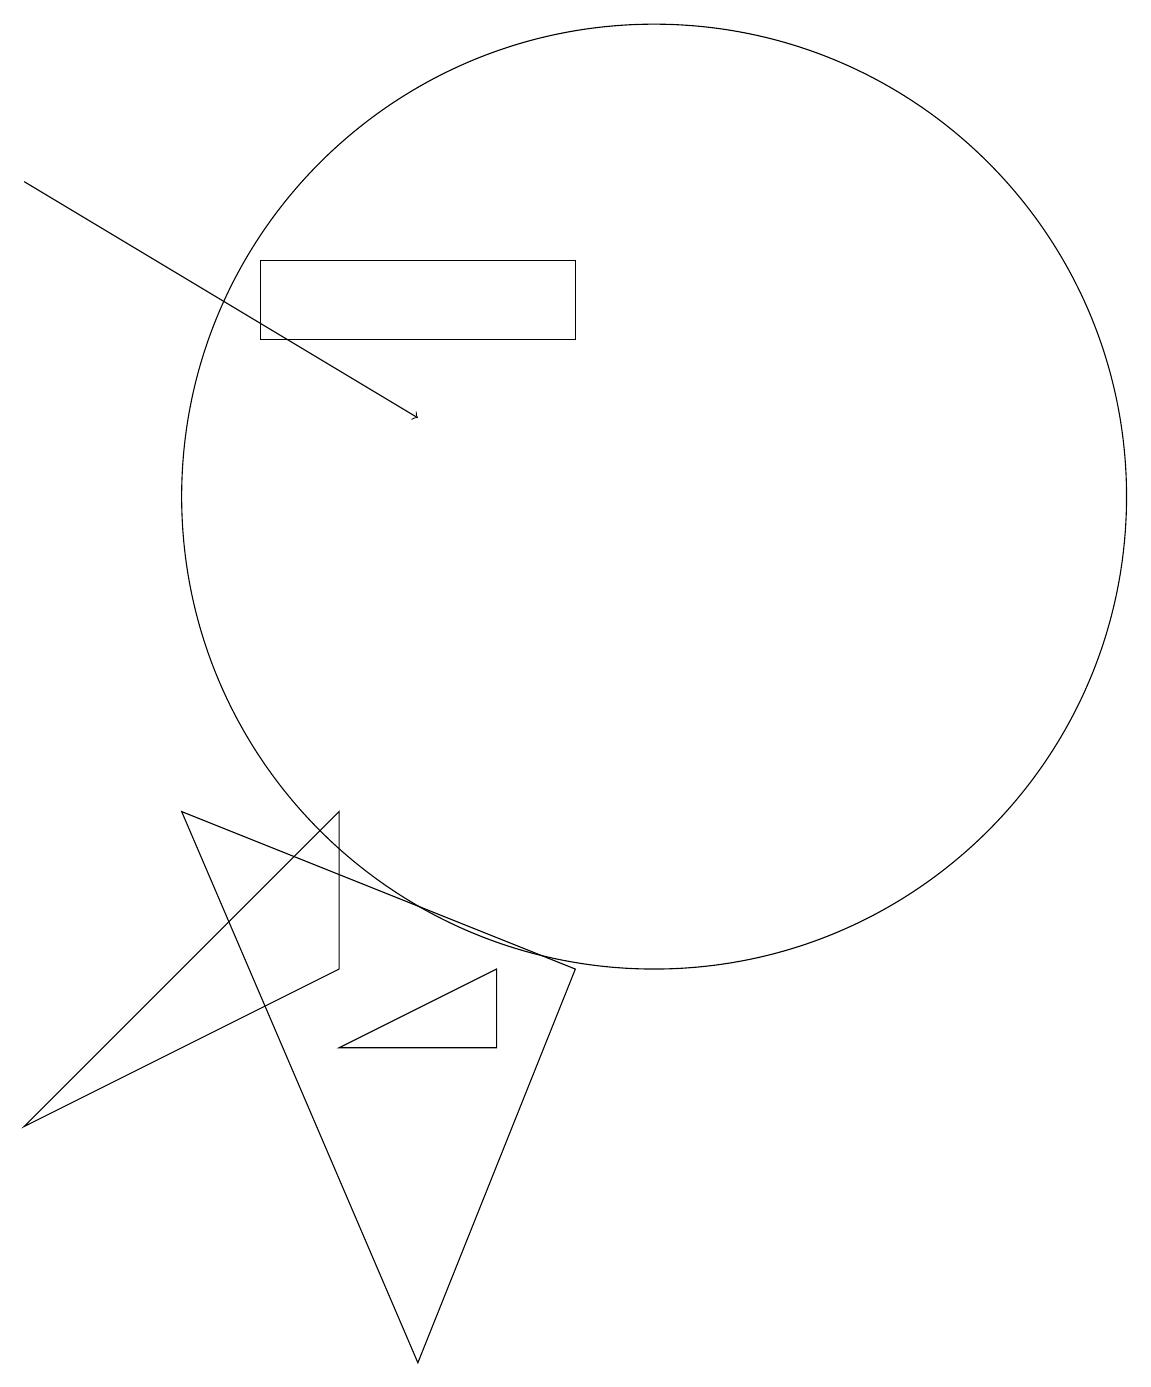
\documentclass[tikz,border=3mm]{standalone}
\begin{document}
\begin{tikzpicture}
\draw (6,4) -- (8,5) -- (8,4) -- cycle;
\draw (2,3) -- (6,7) -- (6,5) -- cycle;
\draw (5,13) rectangle (9,14);
\draw (4,7) -- (9,5) -- (7,0) -- cycle;
\draw[->] (2,15) -- (7,12);
\draw (10,11) circle (6);
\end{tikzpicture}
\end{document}